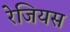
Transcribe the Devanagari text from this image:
रेजियस